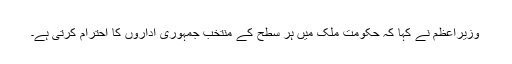
وزیرِاعظم نے کہا کہ حکومت ملک میں ہر سطح کے منتخب جمہوری اداروں کا احترام کرتی ہے۔